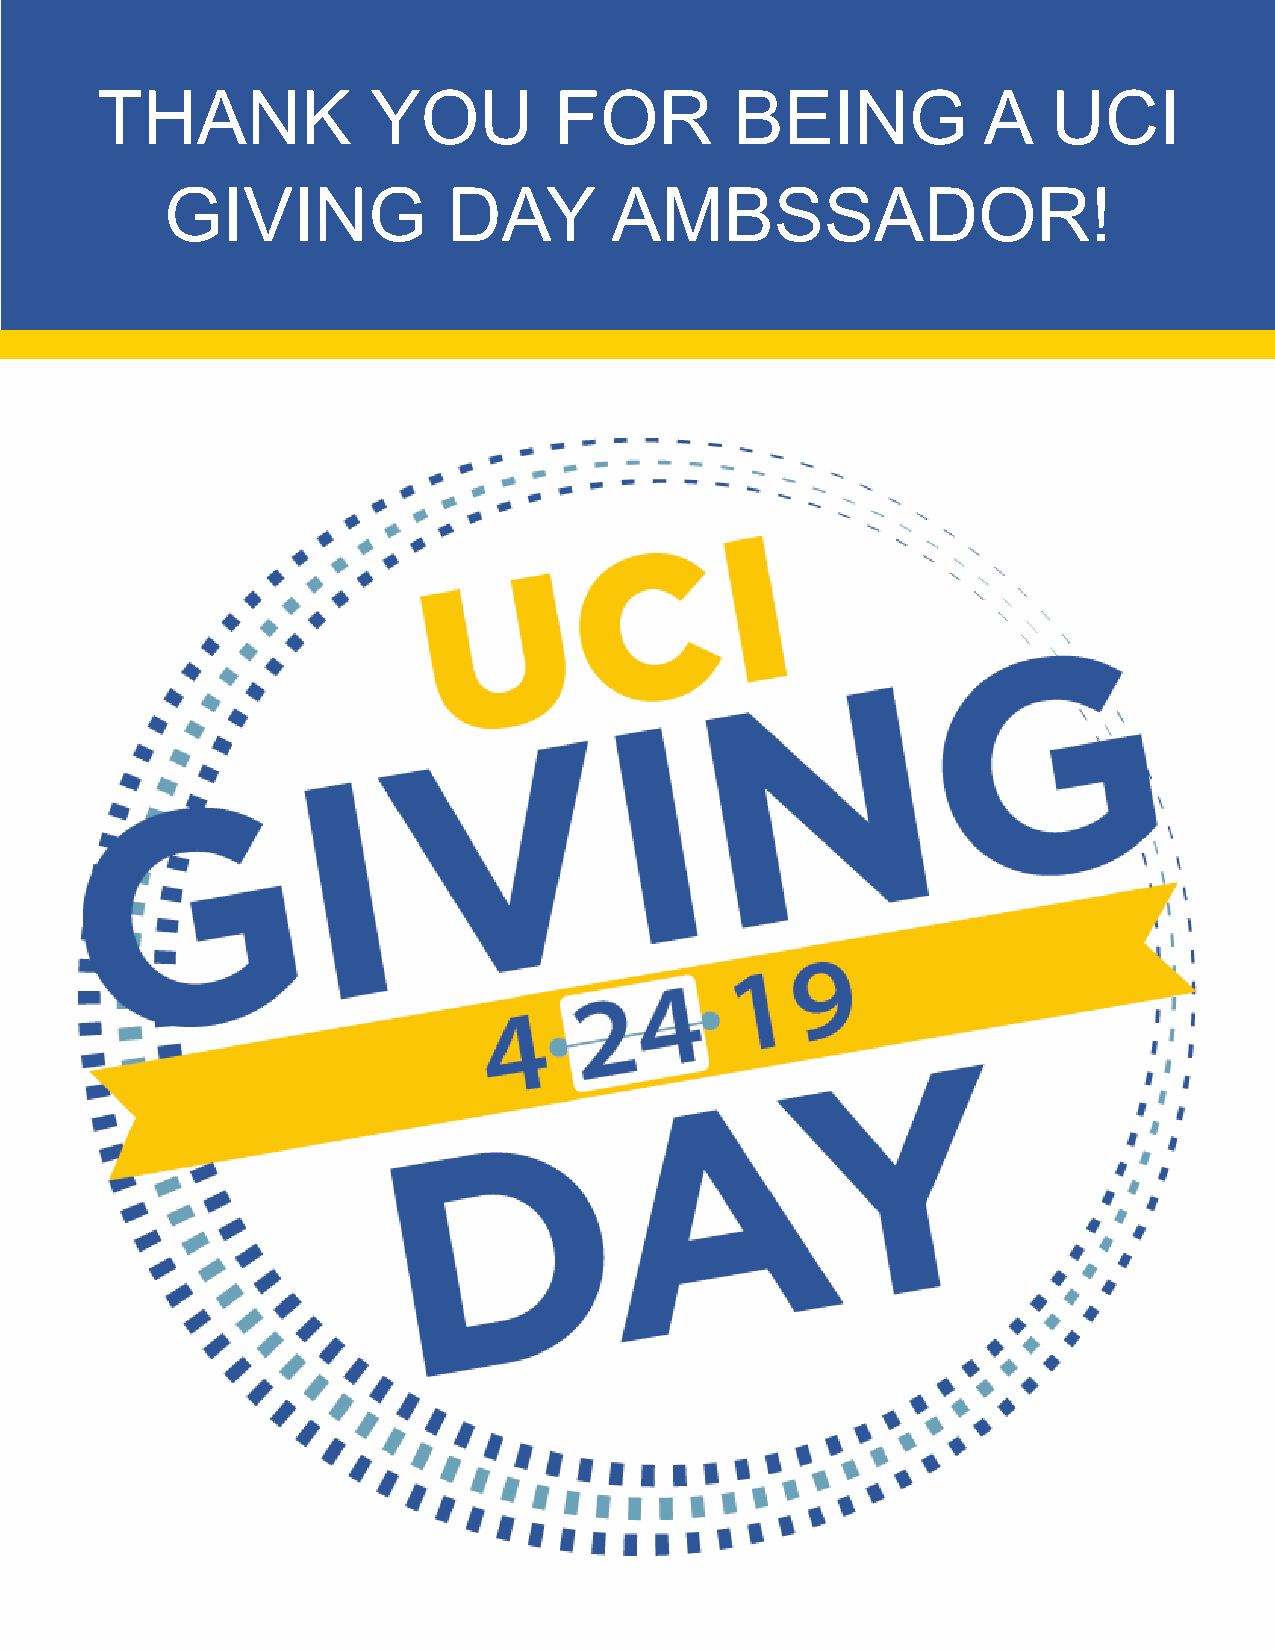
THANK              YOU         FOR         BEING           A    UCI
 GIVING             DAY       AMBSSADOR!